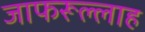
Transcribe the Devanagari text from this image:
जाफरूल्लाह